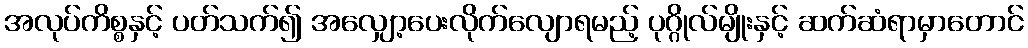
အလုပ်ကိစ္စနှင့် ပတ်သက်၍ အလျှော့ပေးလိုက်လျောရမည့် ပုဂ္ဂိုလ်မျိုးနှင့် ဆက်ဆံရာမှာတောင်